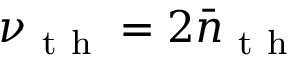
\nu _ { \mathrm { ~ t ~ h ~ } } = 2 \bar { n } _ { \mathrm { ~ t ~ h ~ } }